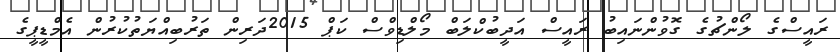
ރައީސްގެ ލޯންޗުގެ ގޮވުންނައިބު ރައީސް އަދީބުކްލަބް މޯލްޑިވްސް ކަޕް 2015ދަރިން ތަރުބިއްޔަތުކުރުން އެމްޑީޕީގެ